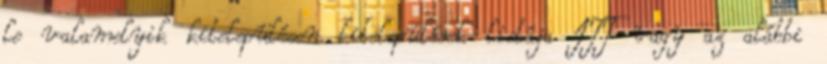
le valamelyik kitelepülésen kitelepülések listája ITT vagy az alábbi